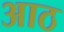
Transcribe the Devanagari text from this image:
अाठ